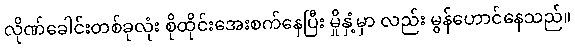
လိုဏ်ခေါင်းတစ်ခုလုံး စိုထိုင်းအေးစက်နေပြီး မှိုနှံ့မှာ လည်း မွန်ဟောင်နေသည်။